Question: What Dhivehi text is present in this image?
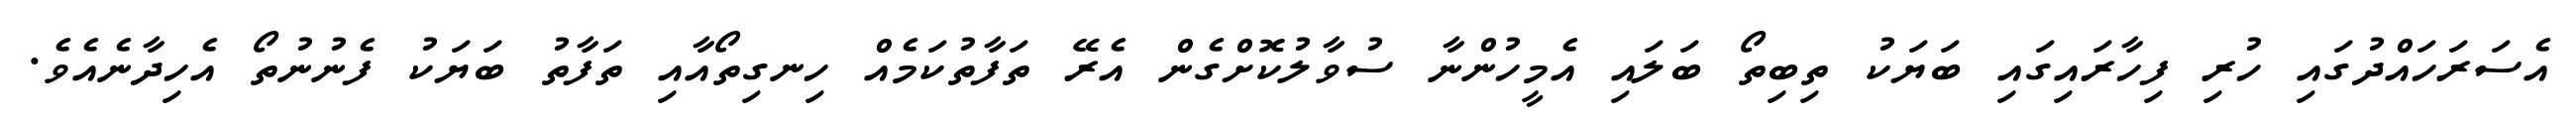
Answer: އެސަރަހައްދުގައި ހުރި ފިހާރައިގައި ބަޔަކު ތިބިތޯ ބަލައި އެމީހުންނާ ސުވާލުކޮށްގެން އެރޭ ތަފާތުކަމެއް ހިނގިތޯއާއި ތަފާތު ބަޔަކު ފެނުނުތޯ އެހިދާނެއެވެ.